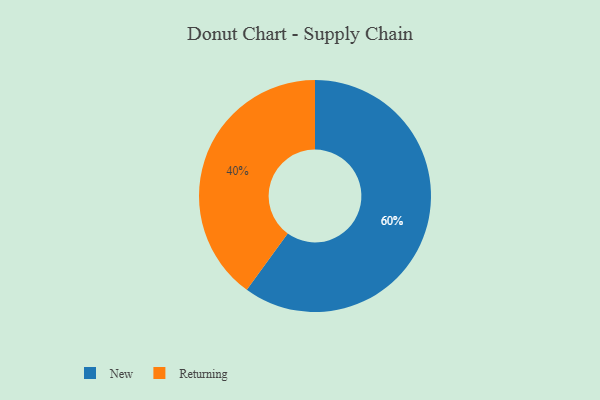
{"axis": {"x": "Category", "y": "Percentage"}, "legend": ["New", "Returning"], "data": [{"x": "Returning", "y": 40, "type": "Returning"}, {"x": "New", "y": 60, "type": "New"}]}